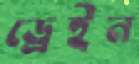
ড্রেইন